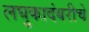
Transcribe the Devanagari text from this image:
लघुकादंबरीचे